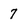
Character: 7